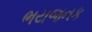
ભયજનક